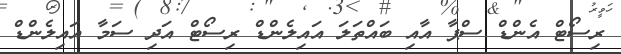
ރިސޯޓް އެންޑް ސްޕާ އާއި ބައްތަލަ އައިލެންޑް ރިސޯޓް އަދި ސަމާ އައިލެންޑް